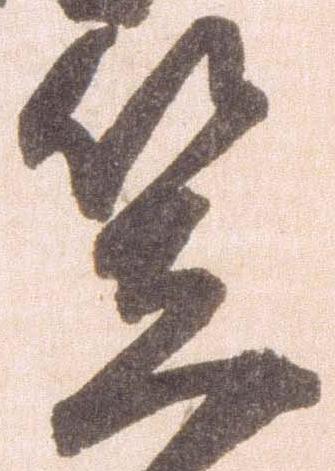
笠